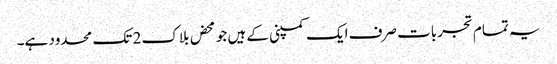
یہ تمام تجربات صرف ایک کمپنی کے ہیں جو محض بلاک 2 تک محدود ہے۔